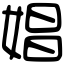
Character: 娼